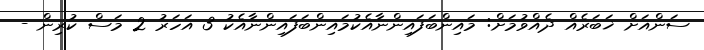
ސަންއަށް ޚަބަރެއް ދެއްވުމަށް: މައިންބަފައިންނާއެކުމައިންބަފައިންނާއެކު 3 އަހަރު 2 މަސް ކުރިން -